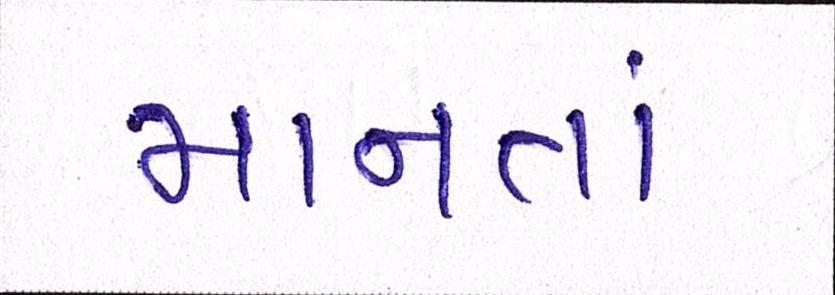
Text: માનતાં